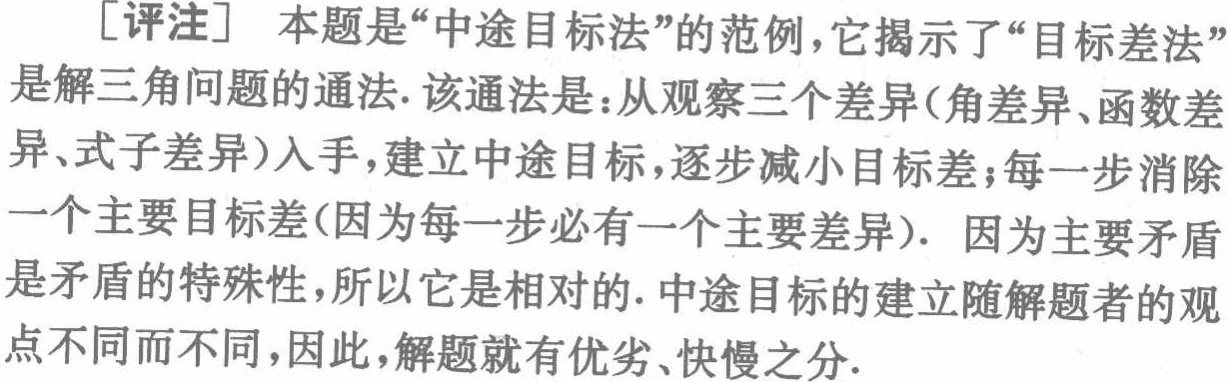
[评注] 本题是“中途目标法”的范例，它揭示了“目标差法”是解三角问题的通法. 该通法是：从观察三个差异(角差异、函数差异、式子差异)入手，建立中途目标，逐步减小目标差；每一步消除一个主要目标差(因为每一步必有一个主要差异). 因为主要矛盾是矛盾的特殊性，所以它是相对的. 中途目标的建立随解题者的观点不同而不同，因此，解题就有优劣、快慢之分.